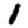
Digit: 1